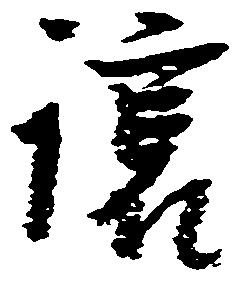
譲